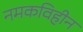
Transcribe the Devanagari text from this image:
नमकविहीन